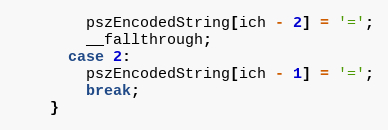
Language: C++
        pszEncodedString[ich - 2] = '=';
        __fallthrough;
      case 2:
        pszEncodedString[ich - 1] = '=';
        break;
    }